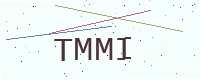
Text: TMMI